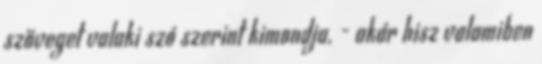
szöveget valaki szó szerint kimondja, - akár hisz valamiben